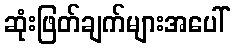
ဆုံးဖြတ်ချက်များအပေါ်